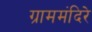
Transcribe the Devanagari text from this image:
ग्राममंदिरे